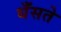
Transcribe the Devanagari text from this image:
धँसते